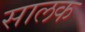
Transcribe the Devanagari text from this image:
सालक